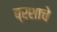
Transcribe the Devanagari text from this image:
ब्रशाचे